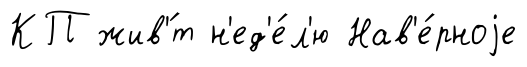
КП жив'́т н'ед'е́л'ю Нав'е́рноjе